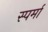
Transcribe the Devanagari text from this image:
स्पर्मा